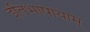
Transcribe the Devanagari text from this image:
इतिभाषायाम्‌